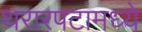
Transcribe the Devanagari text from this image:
थरारपटामध्ये